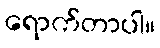
ရောက်တာပါ။